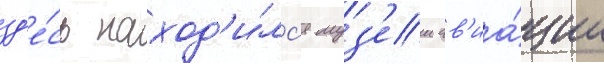
зд'е́сь наход'и́лс'я муз'еи ав'иа́ции